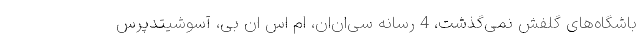
باشگاه‌های گلفش نمی‌گذشت، 4 رسانه سی‌ان‌ان، ام اس ان بی، آسوشیتدپرس